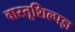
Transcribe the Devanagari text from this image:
वास्तूशिल्पज्ञ